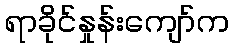
ရာခိုင်နှုန်းကျော်က